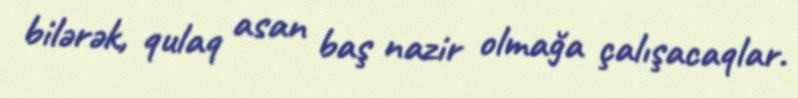
bilərək, qulaq asan baş nazir olmağa çalışacaqlar.